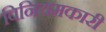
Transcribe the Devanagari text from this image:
विनियमकारी